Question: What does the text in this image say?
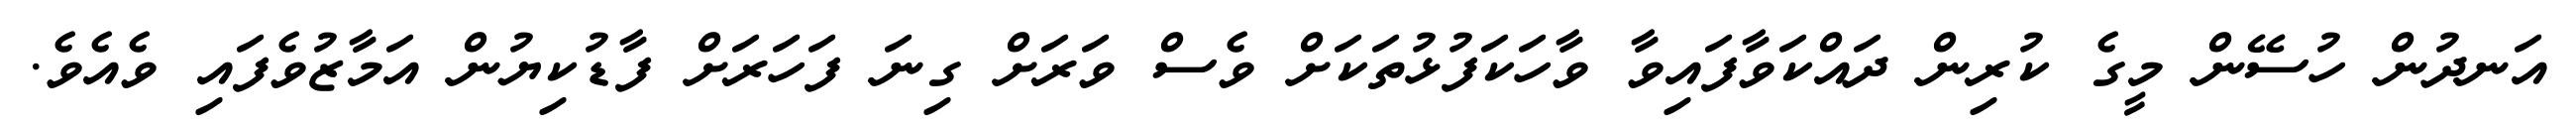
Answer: އަނދުން ހުސޭން މީގެ ކުރިން ދައްކަވާފައިވާ ވާހަކަފުޅުތަކަށް ވެސް ވަރަށް ގިނަ ފަހަރަށް ފާޑުކިޔުން އަމާޒުވެފައި ވެއެވެ.